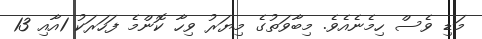
މަޑި ވެސް ހިމެނެއެވެ. މިބާވަތުގެ މިޔަރު ވިހާ ކޮންމެ ފަހަރަކު 1އާއި 13